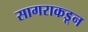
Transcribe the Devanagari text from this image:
सागराकडून